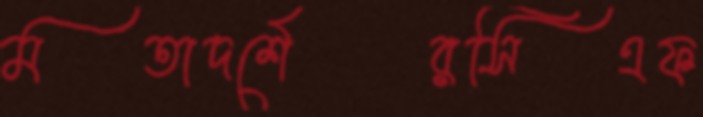
মতাদর্শেরসিএফ